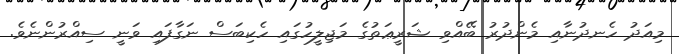
މިއަދު ހެނދުނާއި މެންދުރު ބޭއްވި ޝަރީޢަތުގެ މަޖިލީހުގައި ހެކިބަސް ނަގާފައި ވަނީ ސިއްރުންނެވެ.